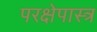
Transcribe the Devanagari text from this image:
परक्षेपास्त्र